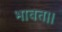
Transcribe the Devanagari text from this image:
भावत।।